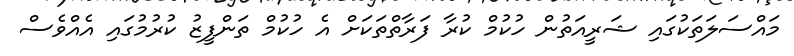
މައްސަލަތަކުގައި ޝަރީއަތުން ހުކުމް ކުރާ ފަރާތްތަކަށް އެ ހުކުމް ތަންފީޒު ކުރުމުގައި އެއްވެސް